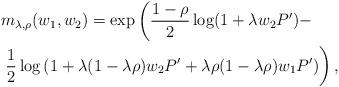
LaTeX: \begin{align*} & m_{\lambda, \rho} ( w_1,w_2) = \exp \left( \frac{1- \rho}{2} \log(1+ \lambda w_2 P') - \right. \\ & \left. \frac{1}{2} \log \left( 1+ \lambda (1- \lambda \rho) w_2 P' + \lambda\rho (1-\lambda \rho) w_1 P' \right) \right), \end{align*}